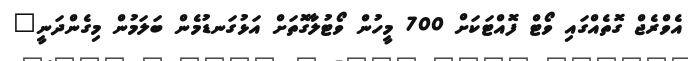
އެވްރެޖް ގޮތެއްގައި ވޯޓް ފޮއްޓަކަށް 700 މީހުން ވޯޓުލާގޮތަށް އަޅުގަނޑުމެން ބަލަމުން މިގެންދަނީ"